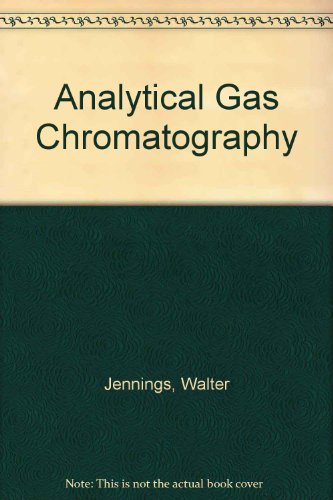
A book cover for Analytical Gas Chromatography; Walter Jennings; Science & Math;